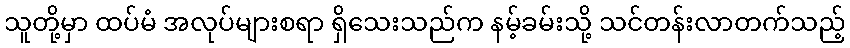
သူတို့မှာ ထပ်မံ အလုပ်များစရာ ရှိသေးသည်က နမ့်ခမ်းသို့ သင်တန်းလာတက်သည့်